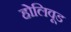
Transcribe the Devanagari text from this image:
होलिवूड